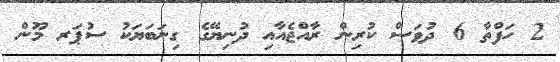
2 ހަފްތާ 6 ދުވަސް ކުރިން ރާއްޖެއާއި ދުނިޔޭގެ ގިނަބަޔަކު ސުޕަރ މޫން